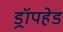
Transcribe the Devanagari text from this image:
ड्रॉपहेड